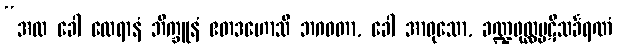
“အထ ခေါ ထေရာနံ ဘိက္ခူနံ ဧတဒဟောသိ ဘဂဝတာ, ခေါ အာဝုသော, ခဏ္ဍဖုလ္လပ္ပဋိသင်္ခရဏံ